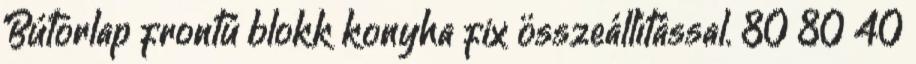
Bútorlap frontú blokk konyha fix összeállítással. 80 80 40